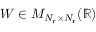
W \in { \cal M } _ { N _ { \mathrm { r } } \times N _ { \mathrm { r } } } ( \mathbb { R } )